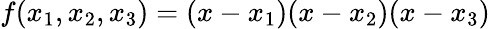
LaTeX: f(x_{1},x_{2},x_{3})=(x-x_{1})(x-x_{2})(x-x_{3})